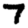
Digit: 7